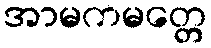
အာမကမတ္တေ